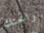
رائحتك